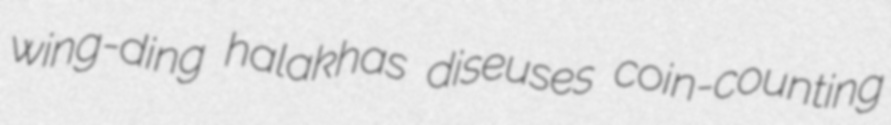
wing-ding halakhas diseuses coin-counting